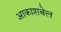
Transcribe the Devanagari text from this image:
आकाशबेल